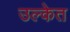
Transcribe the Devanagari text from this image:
उल्केत